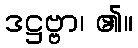
ဒဋ္ဌဗ္ဗာ၊ ၏။